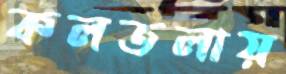
কলতলায়